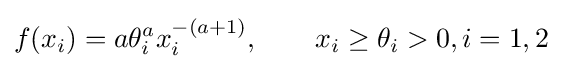
f(x_{i})=a\theta _{i}^{a}x_{i}^{-(a+1)},\qquad x_{i}\geq \theta _{i}>0,i=1,2